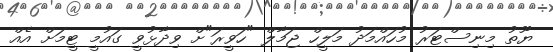
ޔޫތު މިނިސްޓަރު މުހައްމަދު މަލީހް ޖަމާލް "ހަވީރަ"ށް ވިދާޅުވީ ގައުމީ ޓީމަށް އެއް